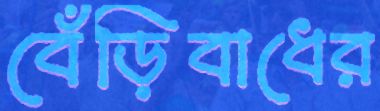
বেঁড়িবাধের